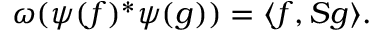
\omega ( \psi ( f ) ^ { * } \psi ( g ) ) = \langle f , S g \rangle .